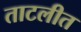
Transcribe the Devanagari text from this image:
ताटलीत